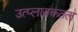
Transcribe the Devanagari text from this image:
उत्प्लावकतल